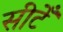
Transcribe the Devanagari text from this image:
सीटेँ